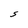
Character: S